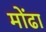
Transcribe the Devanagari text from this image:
मोंढा